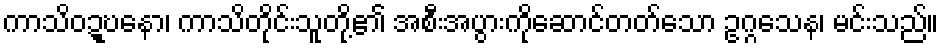
ကာသိဝဍ္ဎနော၊ ကာသိတိုင်းသူတို့၏ အစီးအပွားကိုဆောင်တတ်သော ဥဂ္ဂသေန၊ မင်းသည်။